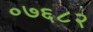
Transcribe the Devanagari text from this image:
०७६८२